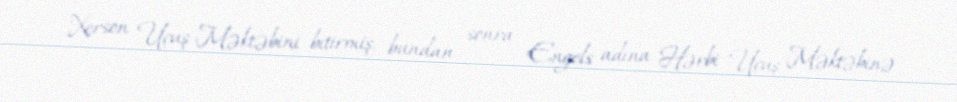
Xerson Uçuş Məktəbini bitirmiş, bundan sonra Engels adına Hərbi Uçuş Məktəbinə